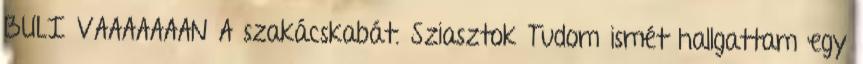
BULI VAAAAAAAN A szakácskabát. Sziasztok Tudom ismét hallgattam egy